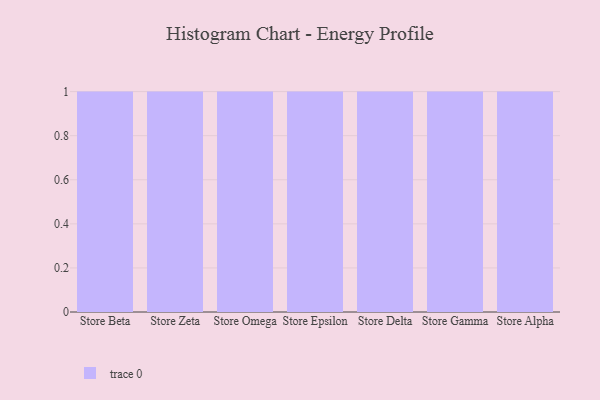
{"axis": {"x": "Store", "y": "Operating Costs (USD K)"}, "legend": [""], "data": [{"x": "Store Beta", "y": 56, "type": ""}, {"x": "Store Zeta", "y": 87, "type": ""}, {"x": "Store Omega", "y": 63, "type": ""}, {"x": "Store Epsilon", "y": 1, "type": ""}, {"x": "Store Delta", "y": 7, "type": ""}, {"x": "Store Gamma", "y": 23, "type": ""}, {"x": "Store Alpha", "y": 67, "type": ""}]}